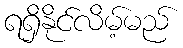
ရရှိနိုင်လိမ့်မည်